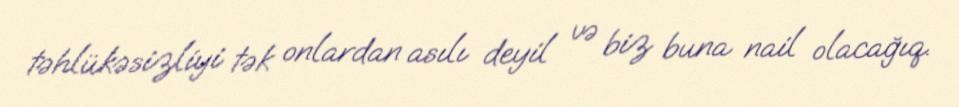
təhlükəsizliyi tək onlardan asılı deyil və biz buna nail olacağıq.